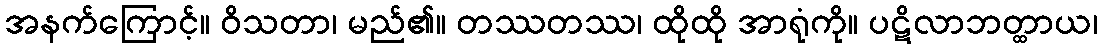
အနက်ကြောင့်။ ဝိသတာ၊ မည်၏။ တဿတဿ၊ ထိုထို အာရုံကို။ ပဋိလာဘတ္ထာယ၊